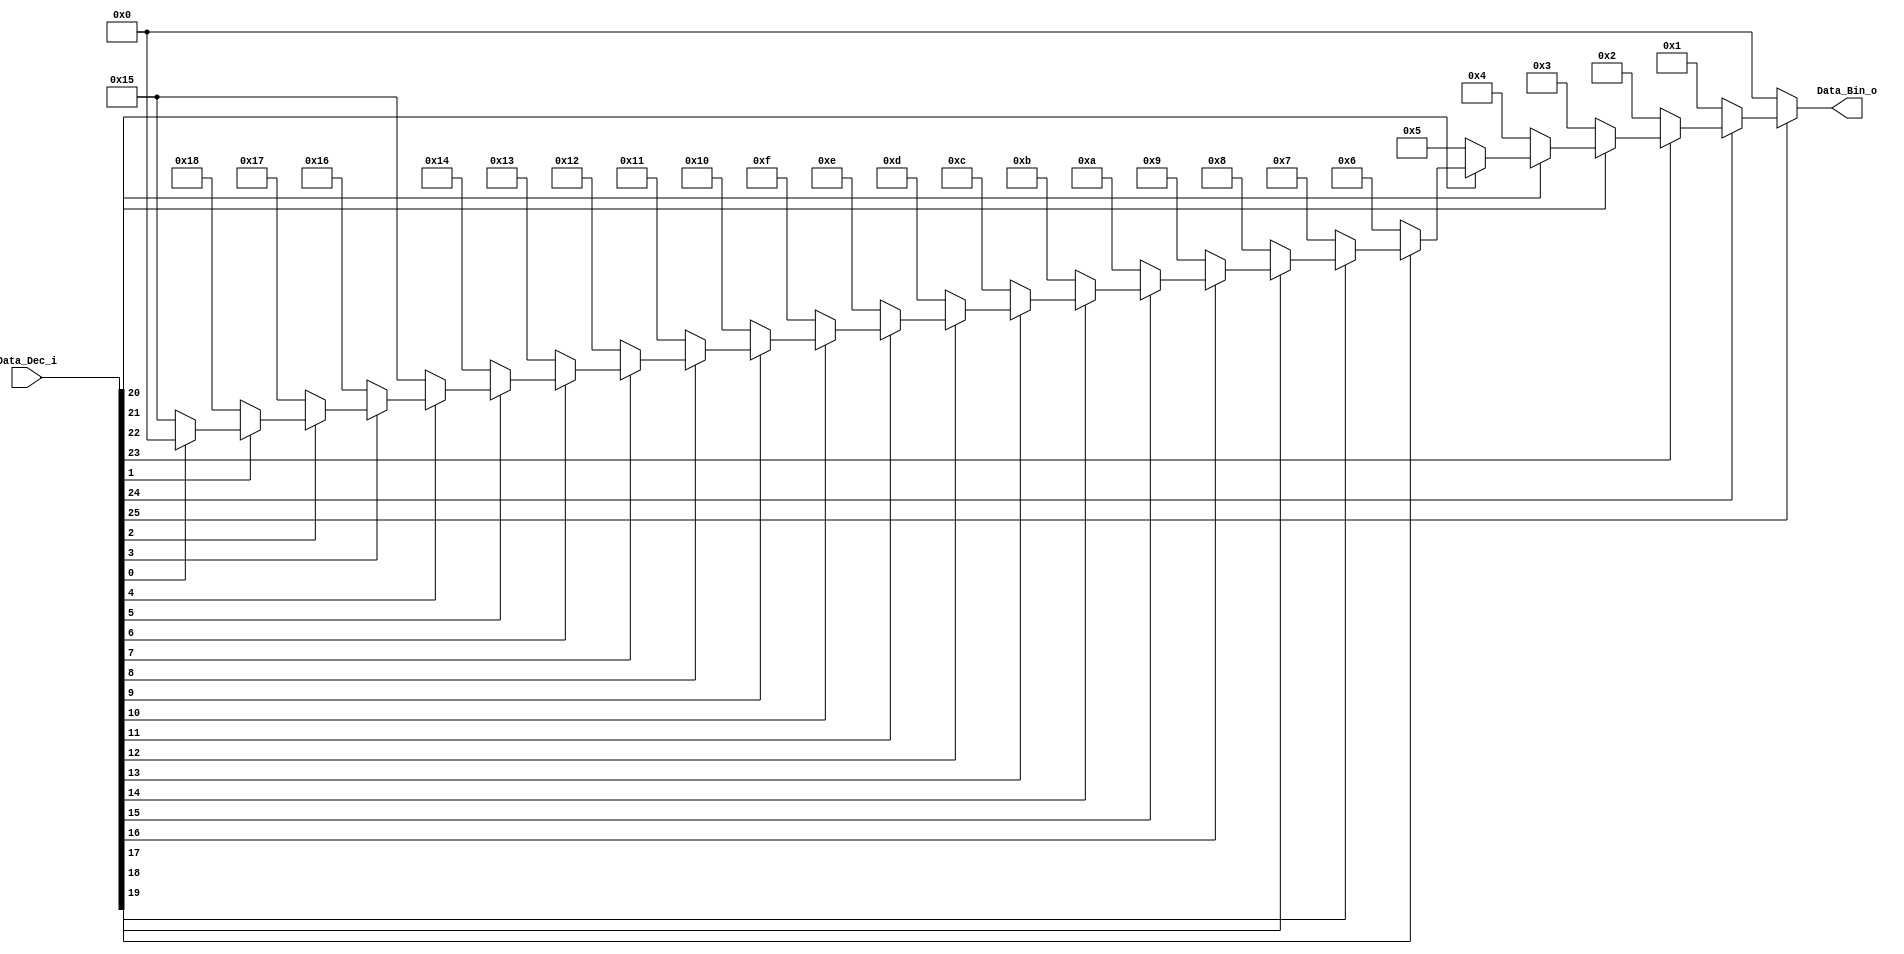
`timescale 1ns / 1ps
//////////////////////////////////////////////////////////////////////////////////
// Company: 
// Engineer: 
// 
// Design Name: 
// Module Name: Priority_Codec_32
// Project Name: 
// Target Devices: 
// Tool Versions: 
// Description: 
// 
// Dependencies: 
// 
// Revision:
// Revision 0.01 - File Created
// Additional Comments:
// 
//////////////////////////////////////////////////////////////////////////////////


module Priority_Codec_32(
    input wire [25:0] Data_Dec_i,
    output reg [4:0] Data_Bin_o
    );

	always @(Data_Dec_i)
	begin
		if(~Data_Dec_i[25]) begin Data_Bin_o = 5'b00000;//0
		end else if(~Data_Dec_i[24]) begin Data_Bin_o = 5'b00001;//1
		end else if(~Data_Dec_i[23]) begin Data_Bin_o = 5'b00010;//2
		end else if(~Data_Dec_i[22]) begin Data_Bin_o = 5'b00011;//3
		end else if(~Data_Dec_i[21]) begin Data_Bin_o = 5'b00100;//4
		end else if(~Data_Dec_i[20]) begin Data_Bin_o = 5'b00101;//5
		end else if(~Data_Dec_i[19]) begin Data_Bin_o = 5'b00110;//6
		end else if(~Data_Dec_i[18]) begin Data_Bin_o = 5'b00111;//7
		end else if(~Data_Dec_i[17]) begin Data_Bin_o = 5'b01000;//8
		end else if(~Data_Dec_i[16]) begin Data_Bin_o = 5'b01001;//9
		end else if(~Data_Dec_i[15]) begin Data_Bin_o = 5'b01010;//10
		end else if(~Data_Dec_i[14]) begin Data_Bin_o = 5'b01011;//11
		end else if(~Data_Dec_i[13]) begin Data_Bin_o = 5'b01100;//12
		end else if(~Data_Dec_i[12]) begin Data_Bin_o = 5'b01101;//13
		end else if(~Data_Dec_i[11]) begin Data_Bin_o = 5'b01110;//14
		end else if(~Data_Dec_i[10]) begin Data_Bin_o = 5'b01111;//15
		end else if(~Data_Dec_i[9])  begin Data_Bin_o = 5'b10000;//16
		end else if(~Data_Dec_i[8])  begin Data_Bin_o = 5'b10001;//17
		end else if(~Data_Dec_i[7])  begin Data_Bin_o = 5'b10010;//18
		end else if(~Data_Dec_i[6])  begin Data_Bin_o = 5'b10011;//19
		end else if(~Data_Dec_i[5])  begin Data_Bin_o = 5'b10100;//20
		end else if(~Data_Dec_i[4])  begin Data_Bin_o = 5'b10101;//21
		end else if(~Data_Dec_i[3])  begin Data_Bin_o = 5'b10110;//22
		end else if(~Data_Dec_i[2])  begin Data_Bin_o = 5'b10111;//23
		end else if(~Data_Dec_i[1])  begin Data_Bin_o = 5'b11000;//24
		end else if(~Data_Dec_i[0])  begin Data_Bin_o = 5'b10101;//25
		end
		else Data_Bin_o = 5'b00000;//zero value
	
	end
endmodule